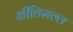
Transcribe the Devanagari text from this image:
नीतिमल्ल